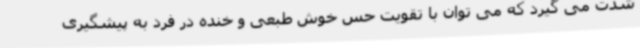
شدت می گیرد که می توان با تقویت حس خوش طبعی و خنده در فرد به پیشگیری